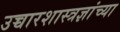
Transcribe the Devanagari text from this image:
उच्चारशास्त्रज्ञांच्या